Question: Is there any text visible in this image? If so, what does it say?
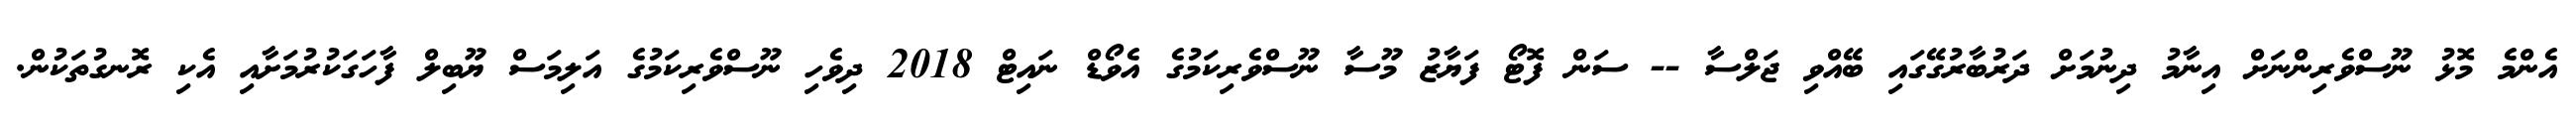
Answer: އެންމެ މޮޅު ނޫސްވެރިންނަށް އިނާމު ދިނުމަށް ދަރުބާރުގޭގައި ބޭއްވި ޖަލްސާ -- ސަން ފޮޓޯ ފަޔާޒު މޫސާ ނޫސްވެރިކަމުގެ އެވޯޑް ނައިޓް 2018 ދިވެހި ނޫސްވެރިކަމުގެ އަލިމަސް ޔޫބިލް ފާހަގަކުރުމަށާއި އެކި ރޮނގުތަކުން.